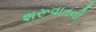
શરૂવાતની